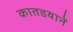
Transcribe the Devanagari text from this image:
कातडयानें